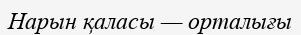
Нарын қаласы — орталығы